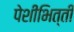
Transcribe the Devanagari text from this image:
पेशीभित्ती